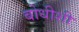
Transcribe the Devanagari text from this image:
बोधीशी